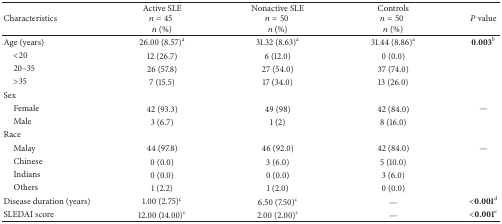
<table><thead><tr><td><b>Characteristics</b></td><td><b>Active SLE<i>n</i> = 45 <i>n</i> (%)</b></td><td><b>Nonactive SLE<i>n</i> = 50 <i>n</i> (%)</b></td><td><b>Controls<i>n</i> = 50 <i>n</i> (%)</b></td><td><b><i>P</i> value</b></td></tr></thead><tbody><tr><td>Age (years)</td><td>26.00 (8.57)<sup>a</sup></td><td>31.32 (8.63)<sup>a</sup></td><td>31.44 (8.86)<sup>a</sup></td><td><b>0.003</b><sup> b</sup></td></tr><tr><td> &lt;20</td><td>12 (26.7)</td><td>6 (12.0)</td><td>0 (0.0)</td><td> </td></tr><tr><td> 20–35</td><td>26 (57.8)</td><td>27 (54.0)</td><td>37 (74.0)</td><td> </td></tr><tr><td> &gt;35</td><td>7 (15.5)</td><td>17 (34.0)</td><td>13 (26.0)</td><td> </td></tr><tr><td>Sex</td><td> </td><td> </td><td> </td><td> </td></tr><tr><td> Female</td><td>42 (93.3)</td><td>49 (98)</td><td>42 (84.0)</td><td>—</td></tr><tr><td> Male</td><td>3 (6.7)</td><td>1 (2)</td><td>8 (16.0)</td><td> </td></tr><tr><td>Race </td><td> </td><td> </td><td> </td><td> </td></tr><tr><td> Malay</td><td>44 (97.8)</td><td>46 (92.0)</td><td>42 (84.0)</td><td>—</td></tr><tr><td> Chinese</td><td>0 (0.0)</td><td>3 (6.0)</td><td>5 (10.0)</td><td> </td></tr><tr><td> Indians</td><td>0 (0.0)</td><td>0 (0.0)</td><td>3 (6.0)</td><td> </td></tr><tr><td> Others</td><td>1 (2.2)</td><td>1 (2.0)</td><td>0 (0.0)</td><td> </td></tr><tr><td>Disease duration (years)</td><td>1.00 (2.75)<sup>c</sup></td><td>6.50 (7.50)<sup>c</sup></td><td>—</td><td><b>&lt;0.001</b><sup> d</sup></td></tr><tr><td>SLEDAI score</td><td>12.00 (14.00)<sup>c</sup></td><td>2.00 (2.00)<sup>c</sup></td><td>—</td><td><b>&lt;0.001</b><sup> e</sup></td></tr></tbody></table>